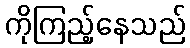
ကိုကြည့်နေသည်